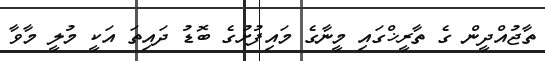
ތާޖުއްދީން ގެ ތާރީޚްގައި މީނާގެ މައިފުށުގެ ބޮޑު ދައިތަ އަކީ މުލީ މާވާ